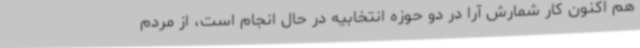
هم اکنون کار شمارش آرا در دو حوزه انتخابیه در حال انجام است، از مردم